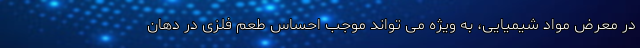
در معرض مواد شیمیایی، به ویژه می تواند موجب احساس طعم فلزی در دهان